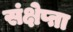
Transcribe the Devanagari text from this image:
संक्षेप्ता